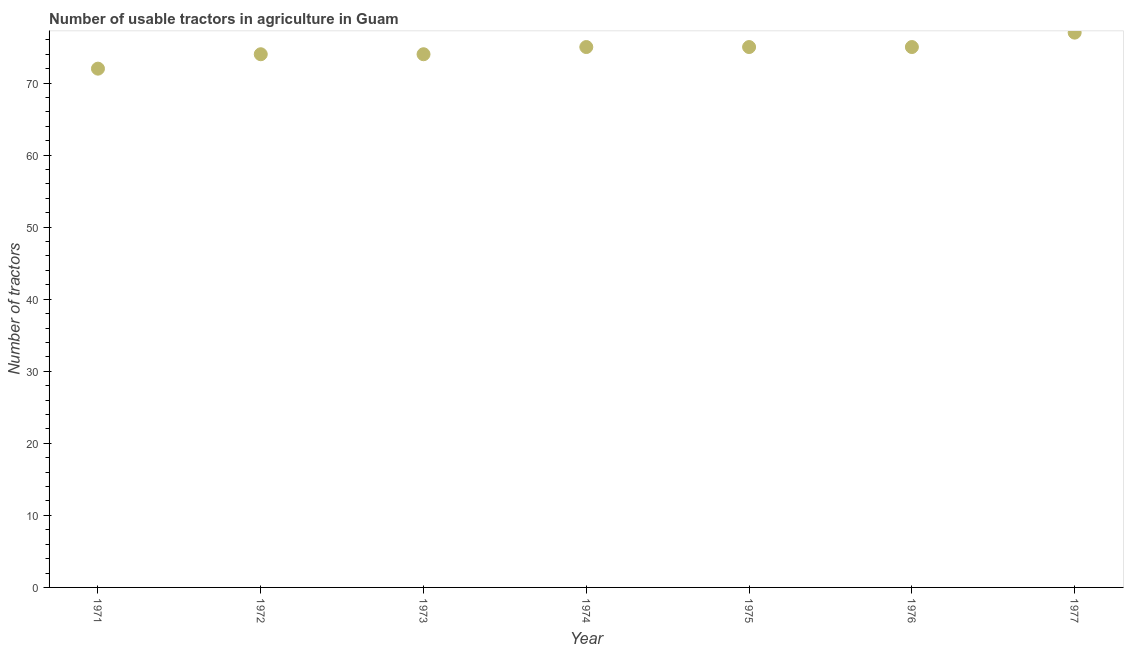
| Year | Agricultural machinery |
 | --- | --- |
 | 1971 | 72 |
 | 1972 | 74 |
 | 1973 | 74 |
 | 1974 | 75 |
 | 1975 | 75 |
 | 1976 | 75 |
 | 1977 | 77 |